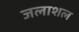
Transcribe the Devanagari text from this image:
जलाशल